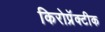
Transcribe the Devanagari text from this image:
किरोप्रॅक्टीक